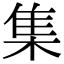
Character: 集